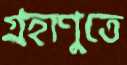
গ্রহাণুতে